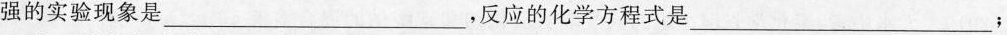
强的实验现象是___，反应的化学方程式是___；